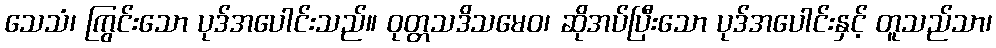
သေသံ၊ ကြွင်းသော ပုဒ်အပေါင်းသည်။ ဝုတ္တသဒိသမေဝ၊ ဆိုအပ်ပြီးသော ပုဒ်အပေါင်းနှင့် တူသည်သာ၊